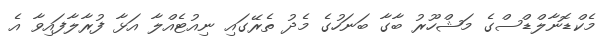
މެކްޑޮނާލްޑްސްގެ މަޝްހޫރު ބާގާ ބަނަހުގެ މެދު ތެރޭގައި ނިއުޓެއްލާ އަޅާ ފުރާލާފައިވާ އެ